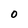
Character: 0